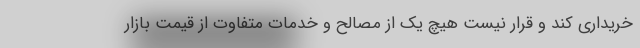
خریداری کند و قرار نیست هیچ یک از مصالح و خدمات متفاوت از قیمت بازار